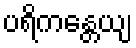
ပရိကန္တေယျ